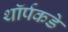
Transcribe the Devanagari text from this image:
थॉर्पकडे